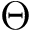
\Theta